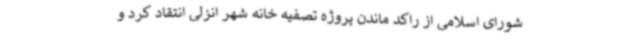
شورای اسلامی از راکد ماندن پروژه تصفیه خانه شهر انزلی انتقاد کرد و